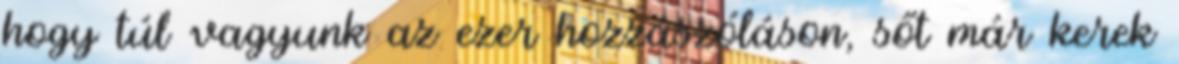
hogy túl vagyunk az ezer hozzászóláson, sőt már kerek